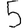
Digit: 5